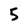
Character: 5